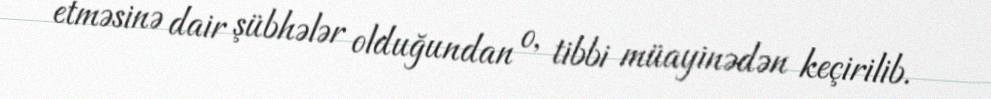
etməsinə dair şübhələr olduğundan o, tibbi müayinədən keçirilib.